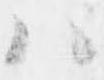
ハ